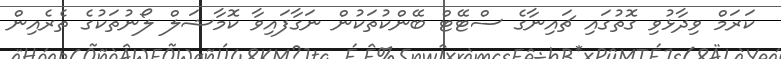
ކަރަމް ވިދާޅުވި ގޮތުގައި ޗައިނާގެ ސްޓޭޓް ބޭންކުތަކުން ނަގާފައިވާ ކޮމާޝަލް ލޯނުތަކުގެ ތެރެއިން